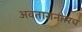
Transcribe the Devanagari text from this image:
अवतारानंतरच